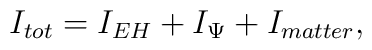
I_{tot} = I_{EH} + I_{\Psi} + I_{matter},